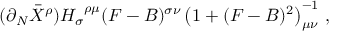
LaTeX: ( \partial _ { N } \bar { X } ^ { \rho } ) { H _ { \sigma } } ^ { \rho \mu } ( F - B ) ^ { \sigma \nu } \left( 1 + ( F - B ) ^ { 2 } \right) _ { \mu \nu } ^ { - 1 } \, ,